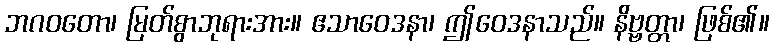
ဘဂဝတော၊ မြတ်စွာဘုရားအား။ ဧသာဝေဒနာ၊ ဤဝေဒနာသည်။ နိဗ္ဗတ္တာ၊ ဖြစ်၏။